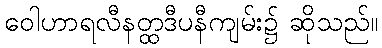
ဝေါဟာရလီနတ္ထဒီပနီကျမ်း၌ ဆိုသည်။